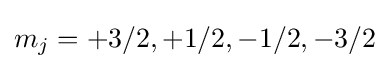
m_{j}=+3/2,+1/2,-1/2,-3/2